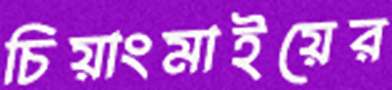
চিয়াংমাইয়ের